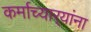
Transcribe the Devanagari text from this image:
कर्माच्यार्‍यांना